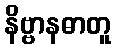
နိဗ္ဗာနဓာတူ